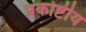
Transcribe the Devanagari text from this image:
प्रकोष्टीय